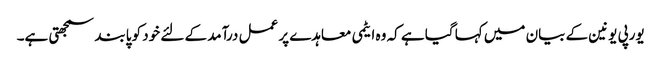
یورپی یونین کے بیان میں کہا گیا ہے کہ وہ ایٹمی معاہدے پر عمل درآمد کے لئے خود کو پابند سمجھتی ہے۔